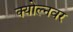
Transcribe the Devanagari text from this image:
क्योल्नवर